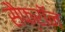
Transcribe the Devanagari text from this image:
सैफ्रॉन